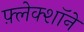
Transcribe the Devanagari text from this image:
फ़्लेक्शॉने